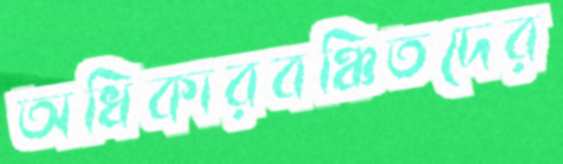
অধিকারবঞ্চিতদের